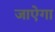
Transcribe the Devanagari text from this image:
जाऐगा